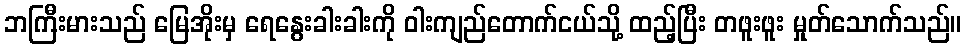
ဘကြီးမားသည် မြေအိုးမှ ရေနွေးခါးခါးကို ဝါးကျည်တောက်ငယ်သို့ ထည့်ပြီး တဖူးဖူး မှုတ်သောက်သည်။